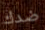
ضدك